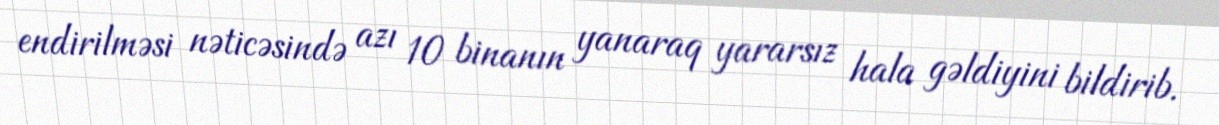
endirilməsi nəticəsində azı 10 binanın yanaraq yararsız hala gəldiyini bildirib.